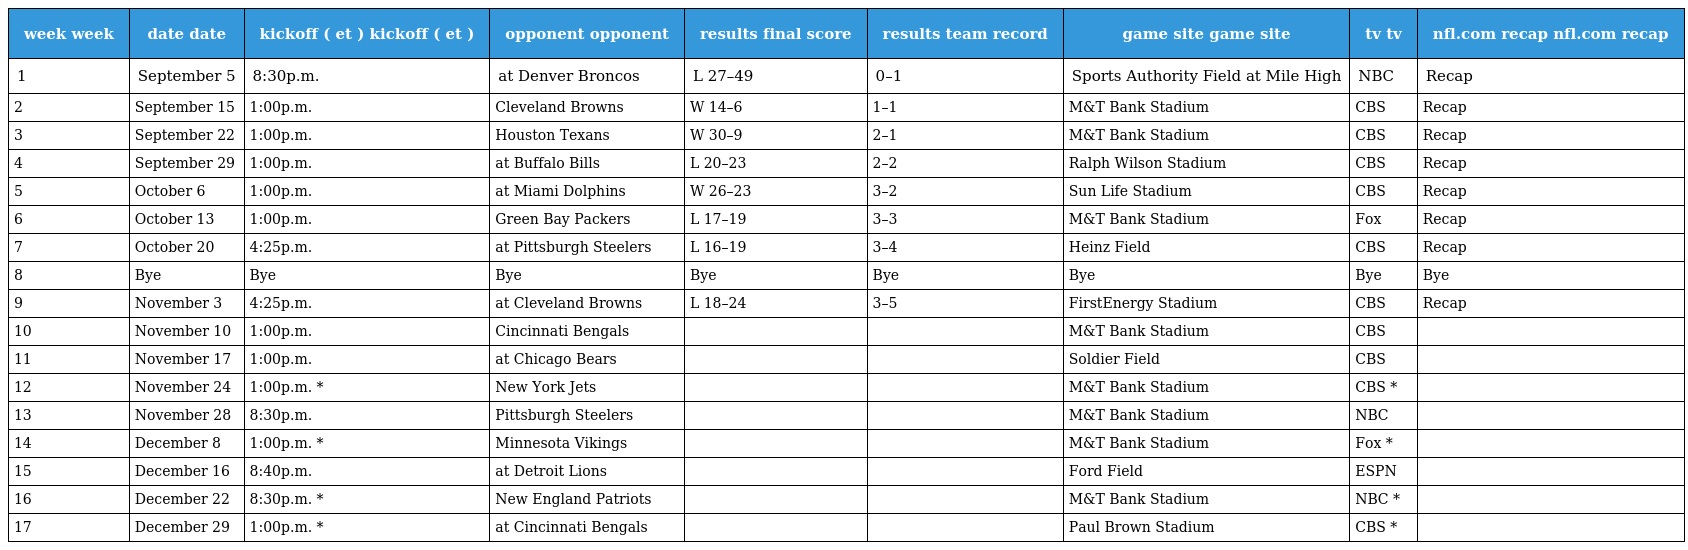
| week week | date date | kickoff ( et ) kickoff ( et ) | opponent opponent | results final score | results team record | game site game site | tv tv | nfl.com recap nfl.com recap |
 | --- | --- | --- | --- | --- | --- | --- | --- | --- |
 | 1 | September 5 | 8:30p.m. | at Denver Broncos | L 27–49 | 0–1 | Sports Authority Field at Mile High | NBC | Recap |
 | 2 | September 15 | 1:00p.m. | Cleveland Browns | W 14–6 | 1–1 | M&T Bank Stadium | CBS | Recap |
 | 3 | September 22 | 1:00p.m. | Houston Texans | W 30–9 | 2–1 | M&T Bank Stadium | CBS | Recap |
 | 4 | September 29 | 1:00p.m. | at Buffalo Bills | L 20–23 | 2–2 | Ralph Wilson Stadium | CBS | Recap |
 | 5 | October 6 | 1:00p.m. | at Miami Dolphins | W 26–23 | 3–2 | Sun Life Stadium | CBS | Recap |
 | 6 | October 13 | 1:00p.m. | Green Bay Packers | L 17–19 | 3–3 | M&T Bank Stadium | Fox | Recap |
 | 7 | October 20 | 4:25p.m. | at Pittsburgh Steelers | L 16–19 | 3–4 | Heinz Field | CBS | Recap |
 | 8 | Bye | Bye | Bye | Bye | Bye | Bye | Bye | Bye |
 | 9 | November 3 | 4:25p.m. | at Cleveland Browns | L 18–24 | 3–5 | FirstEnergy Stadium | CBS | Recap |
 | 10 | November 10 | 1:00p.m. | Cincinnati Bengals |  |  | M&T Bank Stadium | CBS |  |
 | 11 | November 17 | 1:00p.m. | at Chicago Bears |  |  | Soldier Field | CBS |  |
 | 12 | November 24 | 1:00p.m. * | New York Jets |  |  | M&T Bank Stadium | CBS * |  |
 | 13 | November 28 | 8:30p.m. | Pittsburgh Steelers |  |  | M&T Bank Stadium | NBC |  |
 | 14 | December 8 | 1:00p.m. * | Minnesota Vikings |  |  | M&T Bank Stadium | Fox * |  |
 | 15 | December 16 | 8:40p.m. | at Detroit Lions |  |  | Ford Field | ESPN |  |
 | 16 | December 22 | 8:30p.m. * | New England Patriots |  |  | M&T Bank Stadium | NBC * |  |
 | 17 | December 29 | 1:00p.m. * | at Cincinnati Bengals |  |  | Paul Brown Stadium | CBS * |  |